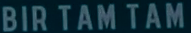
BIR TAM TAM